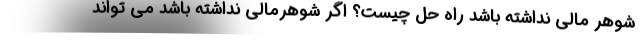
شوهر مالی نداشته باشد راه حل چیست؟ اگر شوهرمالی نداشته باشد می تواند